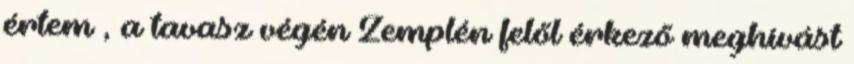
értem , a tavasz végén Zemplén felől érkező meghívást